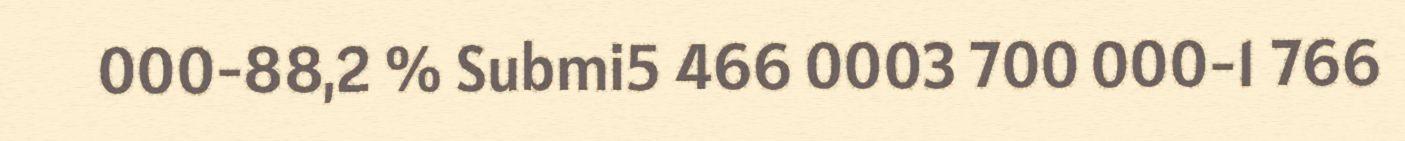
000-88,2 % Submi5 466 0003 700 000-1 766